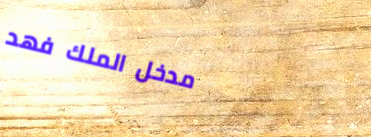
مدخل الملك فهد